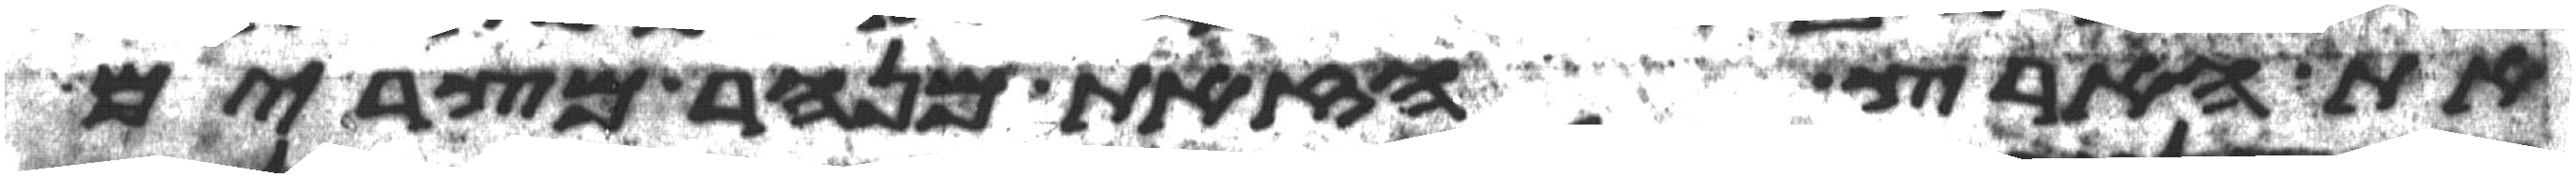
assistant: את הארץ הזאת מנהר מצרים